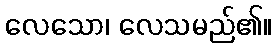
လေသော၊ လေသမည်၏။